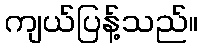
ကျယ်ပြန့်သည်။